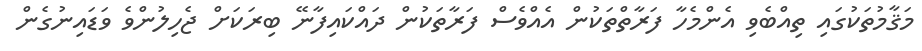
މަޤާމުތަކުގައި ތިއްބެވި އެންމެހާ ފަރާތްތަކުން އެއްވެސް ފަރާތަކުން ދައްކައިފާނޭ ބިރަކަށް ޖެހިލުންވެ ވަޑައިނުގެން